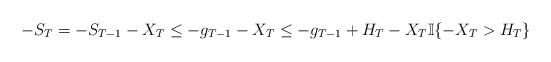
LaTeX: \begin{align*}-S_{T}=-S_{T-1}-X_{T}\leq-g_{T-1}-X_{T}\leq -g_{T-1}+H_{T}-X_{T}\mathbb{I}\{-X_{T}>H_{T}\}\end{align*}